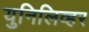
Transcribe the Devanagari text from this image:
युनिलिव्हर